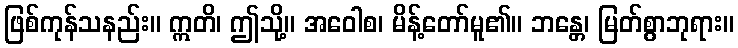
ဖြစ်ကုန်သနည်း။ ဣတိ၊ ဤသို့။ အဝေါစ၊ မိန့်တော်မူ၏။ ဘန္တေ၊ မြတ်စွာဘုရား။